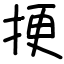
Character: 挭